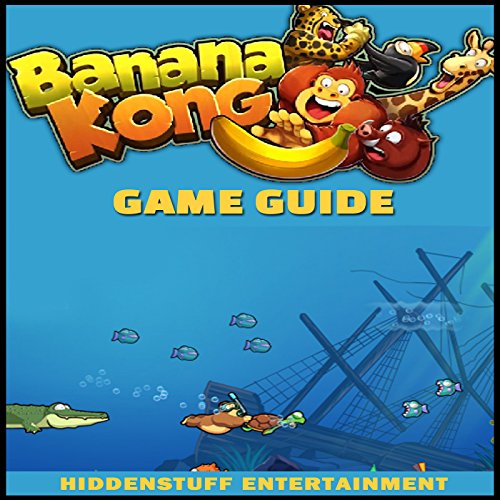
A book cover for Banana Kong Game Guide;  HiddenStuff Entertainment; Humor & Entertainment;